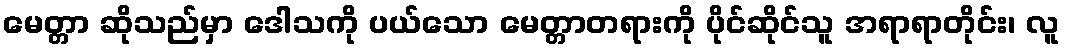
မေတ္တာ ဆိုသည်မှာ ဒေါသကို ပယ်သော မေတ္တာတရားကို ပိုင်ဆိုင်သူ အရာရာတိုင်း၊ လူ